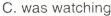
C.was watching